Annual report of the Imperial Bacteriologist
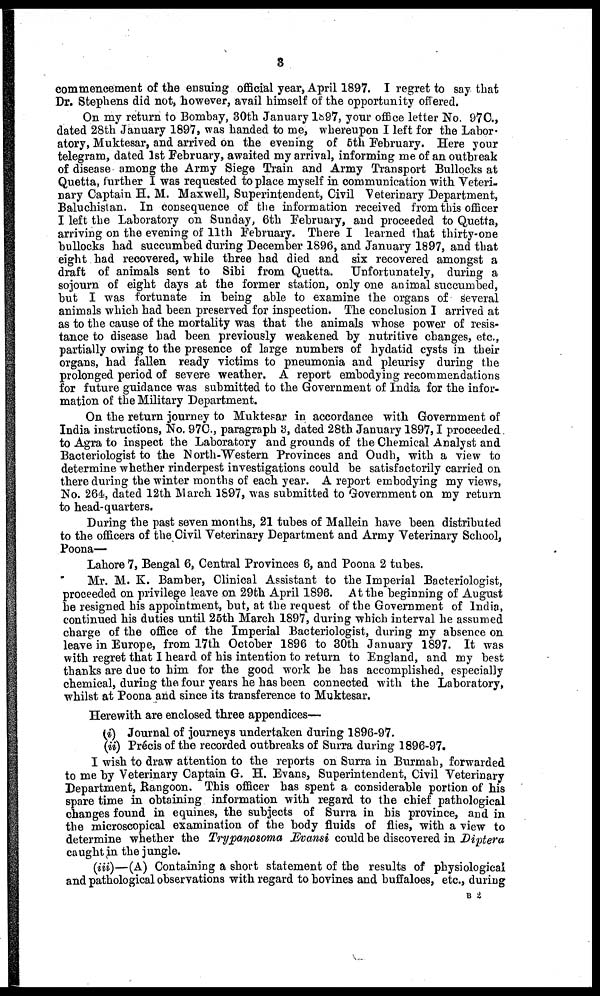
3
commencement of the ensuing official year, April 1897. I regret to say that
Dr. Stephens did not, however, avail himself of the opportunity offered.
On my return to Bombay, 30th January 1897, your office letter No. 97C.,
dated 28th January 1897, was handed to me, whereupon I left for the Labor-
atory, Muktesar, and arrived on the evening of 5th February. Here your
telegram, dated 1st February, awaited my arrival, informing me of an outbreak
of disease among the Army Siege Train and Army Transport Bullocks at
Quetta, further I was requested to place myself in communication with Veteri-
nary Captain H. M. Maxwell, Superintendent, Civil Veterinary Department,
Baluchistan. In consequence of the information received from this officer
I left the Laboratory on Sunday, 6th February, and proceeded to Quetta,
arriving on the evening of 11th February. There I learned that thirty-one
bullocks had succumbed during December 1896, and January 1897, and that
eight had recovered, while three had died and six recovered amongst a
draft of animals sent to Sibi from Quetta. Unfortunately, during a
sojourn of eight days at the former station, only one animal succumbed,
but I was fortunate in being able to examine the organs of several
animals which had been preserved for inspection. The conclusion I arrived at
as to the cause of the mortality was that the animals whose power of resis-
tance to disease had been previously weakened by nutritive changes, etc.,
partially owing to the presence of large numbers of hydatid cysts in their
organs, had fallen ready victims to pneumonia and pleurisy during the
prolonged period of severe weather. A report embodying recommendations
for future guidance was submitted to the Government of India for the infor-
mation of the Military Department.
On the return journey to Muktesar in accordance with Government of
India instructions, No. 97C., paragraph 3, dated 28th January 1897,I proceeded
to Agra to inspect the Laboratory and grounds of the Chemical Analyst and
Bacteriologist to the North-Western Provinces and Oudh, with a view to
determine whether rinderpest investigations could be satisfactorily carried on
there during the winter months of each year. A report embodying my views,
No. 264, dated 12th March 1897, was submitted to Government on my return
to head-quarters.
During the past seven months, 21 tubes of Mallein have been distributed
to the officers of the Civil Veterinary Department and Army Veterinary School,
Poona—
Lahore 7, Bengal 6, Central Provinces 6, and Poona 2 tubes.
Mr. M. K. Bamber, Clinical Assistant to the Imperial Bacteriologist,
proceeded on privilege leave on 29th April 1896. At the beginning of August
he resigned his appointment, but, at the request of the Government of India,
continued his duties until 25th March 1897, during which interval he assumed
charge of the office of the Imperial Bacteriologist, during my absence on
leave in Europe, from 17th October 1896 to 30th January 1897. It was
with regret that I heard of his intention to return to England, and my best
thanks are due to him for the good work he has accomplished, especially
chemical, during the four years he has been connected with the Laboratory,
whilst at Poona and since its transference to Muktesar.
Herewith are enclosed three appendices—
(i) Journal of journeys undertaken during 1896-97.
(ii) Précis of the recorded outbreaks of Surra during 1896-97.
I wish to draw attention to the reports on Surra in Burmah, forwarded
to me by Veterinary Captain G. H. Evans, Superintendent, Civil Veterinary
Department, Rangoon. This officer has spent a considerable portion of his
spare time in obtaining information with regard to the chief pathological
changes found in equines, the subjects of Surra in his province, and in
the microscopical examination of the body fluids of flies, with a view to
determine whether the Trypanosoma Evansi could be discovered in Diptera
caught in the jungle.
(iii)—(A) Containing a short statement of the results of physiological
and pathological observations with regard to bovines and buffaloes, etc., during
B 2